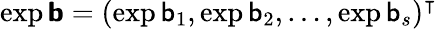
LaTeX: \exp\boldsymbol{\mathsf{b}}=(\exp\mathsf{b}_{1},\exp\mathsf{b}_{2},\dots,\exp\mathsf{b}_{s})^{\intercal}